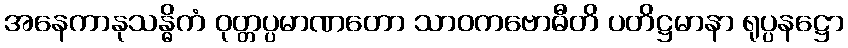
အနေကာနုသန္ဓိကံ ဝုတ္တပ္ပမာဏတော သာဝကဗောဓီတိ ပတိဋ္ဌမာနာ ရုပ္ပနဋ္ဌော